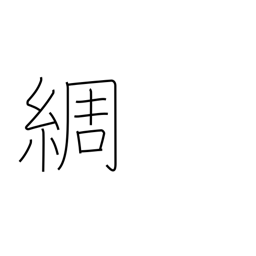
Meaning: detailed